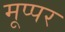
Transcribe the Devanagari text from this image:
मूप्पर